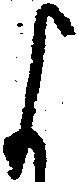
よ